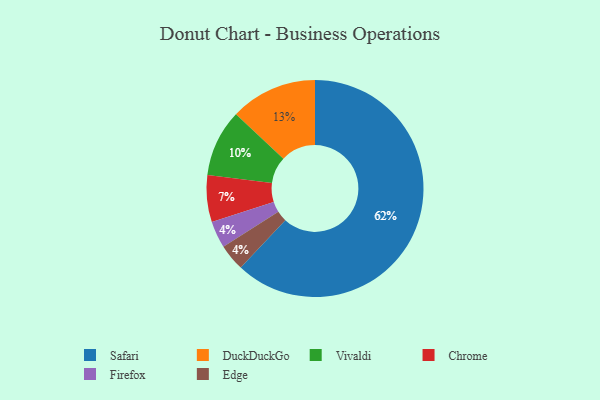
{"axis": {"x": "Category", "y": "Percentage"}, "legend": ["Chrome", "DuckDuckGo", "Edge", "Firefox", "Safari", "Vivaldi"], "data": [{"x": "Firefox", "y": 4, "type": "Firefox"}, {"x": "Vivaldi", "y": 10, "type": "Vivaldi"}, {"x": "DuckDuckGo", "y": 13, "type": "DuckDuckGo"}, {"x": "Edge", "y": 4, "type": "Edge"}, {"x": "Safari", "y": 62, "type": "Safari"}, {"x": "Chrome", "y": 7, "type": "Chrome"}]}